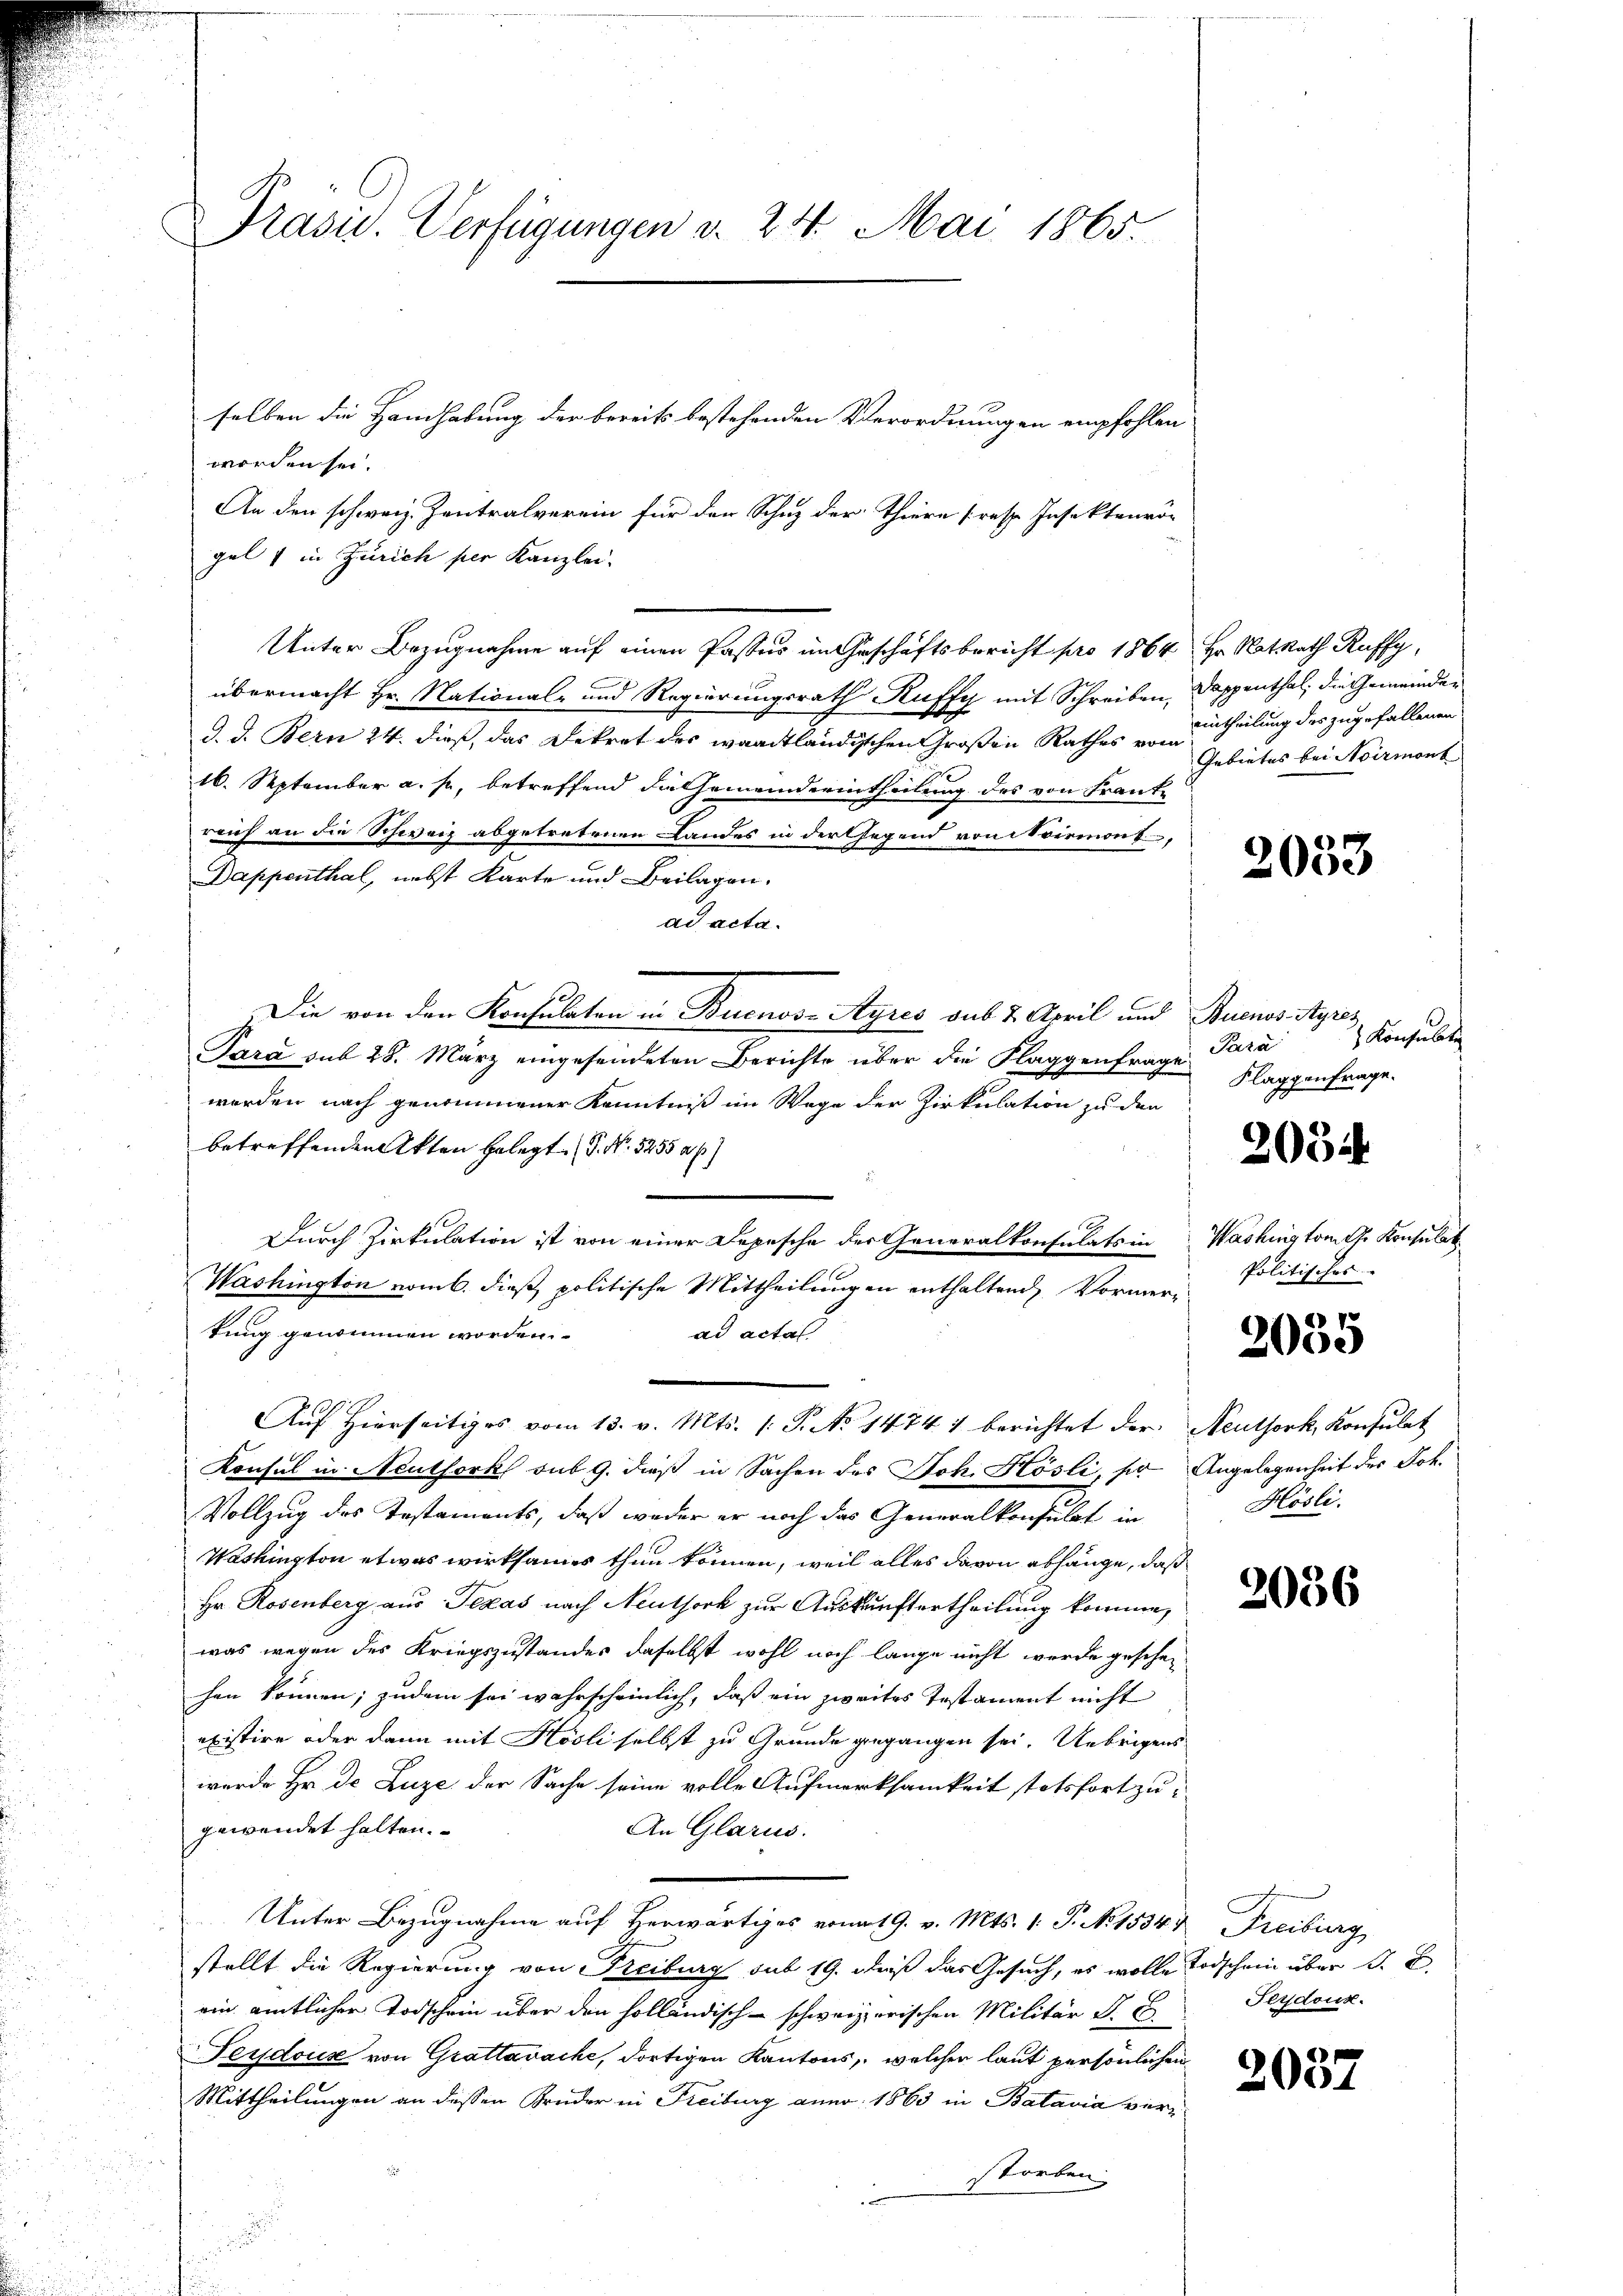
Präsid. Verfügungen v. 24. Mai 1865.

selben die Handhabung der bereits bestehenden Verordnungen empfohlen
worden sei.
An den schweiz. Zentralverein für der Schuz der Thiere (resp. Insektenrö-
gel 1 in Zürich per Kanzlei.
Unter Bezugnahme auf einen Pastes im Geschäftsbericht pro 1864 Hr. Natrath Ruffy,
übermacht Hr. National- und Regierungsrath Kuffe mit Schreiben, Dappenthal, die Gemeinden
d. d. Bern 24. dieß, das Dekret des waadtländischen Großen Rathes u. urtheilung des zugefallenen
16. September a. p., betreffend die Gemeinderintheilung des von Franke
ruch an die Schweiz abgetretenen Landes in der Gegend von Niemont,
Dappenthal, nebst Karte und Beilagen.
ad acta.
Die von den Konsulaten in Buenos-Ayres sub 2. April und Buenos Ayres,
Para sub 28. März eingesendeten Berichte über die Klaggenfrage Flaggenfrage.
werden nach genommener Kenntniß im Wege der Zirkulation zu den
betreffenden Akten gelegt. P. Nr. 3255 al
Durch Zirkulation ist von einer Depesche der Generalkonsulats in Washington G. Konsulat
Washington vom 6. dieß politische Mittheilungen enthaltend Vormertung genommen worden.
ad actal
Aŭf Hierseitiges vom 13. v. Mts. 1. P. No 1474 1 berichtet der Aeuthork, Konsulat
Konsul in Neuthork sub 9. dieß in Sachen des Joh. Hösli, so Angelegenheit des Joh.
Vollzug des Testaments, daß weder er noch das Generalkonsulat in
Washington etwas wirksames thun können, weil alles davon abhänge, daß
Hr. Rosenberg aus Texas nach Neuthork zur Auskunftertheilung komme,
was wegen des Kriegszustandes daselbst wohl noch lange nicht werde geschen
hen können; zudem sei wahrscheinlich, daß ein zweites Testament nicht
existire oder dann mit Hösli selbst zu Grunde gegangen sei. Uebrigens
wurde Hr. De Luze der Sache seine volle Aufmerksamkeit stetsfortzu-
gewendet halten.
An Glarus.
Unter Bezugnahme auf Herwärtiges vom 19. v. Mts. 1. P. No 15347 Freiburg
stellt die Regierung von Freiburg sub 19. dieß das Gesuch, es wolle Todschein über d. B.
ein amtlicher Todschein über den holländisch-schweizerischen Militär S. E
Feydouse von Grattawache, dortigen Kantons, welcher laut persönlichen
Mittheilungen an dessen Brüder in Freiburg anno 1863 in Batavia verstorben

Gebietes bei Abirmont

2033

Konsulat
Para

2051.

Politisches

2055

Hösli.

Fezdouk.

2037